Annual report of the Punjab Veterinary College and of the Civil Veterinary Department, Punjab - 1909-1919
Year: 1909
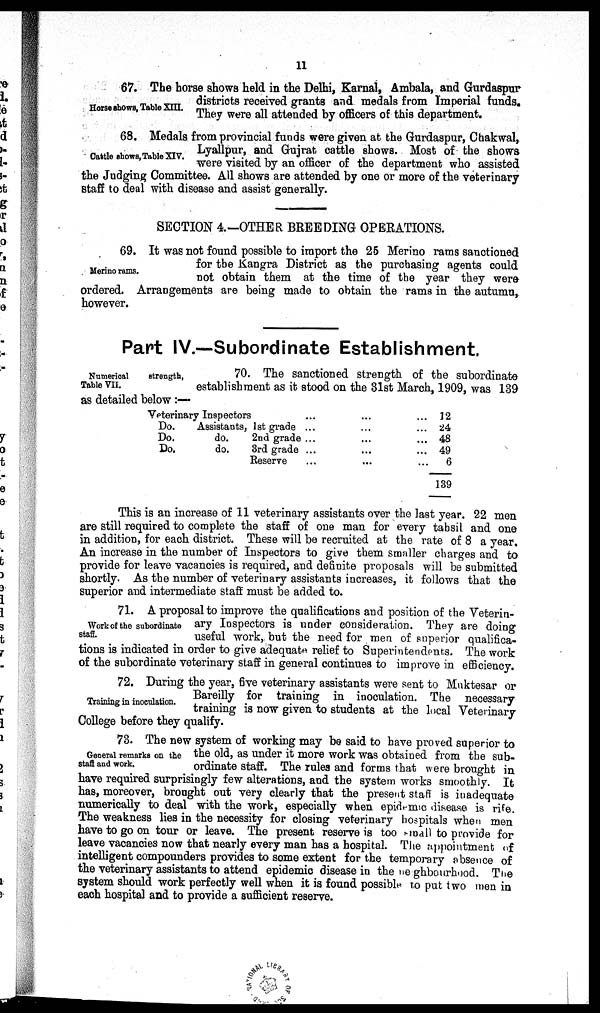
11
Horse shows, Table XIII.
67. The horse shows held in the Delhi, Karnal, Ambala, and Gurdaspur
districts received grants and medals from Imperial funds.
They were all attended by officers of this department.
Cattle shows, Table XIV.
68. Medals from provincial funds were given at the Gurdaspur, Chakwal,
Lyallpur, and Gujrat cattle shows. Most of the shows
were visited by an officer of the department who assisted
the Judging Committee. All shows are attended by one or more of the veterinary
staff to deal with disease and assist generally.
SECTION 4.-OTHER BREEDING OPERATIONS.
Merino rams.
69. It was not found possible to import the 25 Merino rams sanctioned
for the Kangra District as the purchasing agents could
not obtain them at the time of the year they were
ordered. Arrangements are being made to obtain the rams in the autumn,
however.
Part IV.—Subordinate Establishment.
Numerical
strength,
Table VII.
70. The sanctioned strength of the subordinate
establishment as it stood on the 31st March, 1909, was 139
as detailed below:—
Veterinary Inspectors
Do.
Assistants, 1st grade
Do.
do.
2nd grade
Do.
do.
3rd grade
Reserve
...
...
...
...
...
...
...
...
...
...
...
...
...
...
...
12
24
48
49
6
139
This is an increase of 11 veterinary assistants over the last year. 22 men
are still required to complete the staff of one man for every tahsil and one
in addition, for each district. These will be recruited at the rate of 8 a year.
An increase in the number of Inspectors to give them smaller charges and to
provide for leave vacancies is required, and definite proposals will be submitted
shortly. As the number of veterinary assistants increases, it follows that the
superior and intermediate staff must be added to.
Work of the subordinate
staff.
71. A proposal to improve the qualifications and position of the Veterin-
ary Inspectors is under consideration. They are doing
useful work, but the need for men of superior qualifica-
tions is indicated in order to give adequate relief to Superintendents. The work
of the subordinate veterinary staff in general continues to improve in efficiency.
Training in inoculation.
72. During the year, five veterinary assistants were sent to Muktesar or
Bareilly for training in inoculation. The necessary
training is now given to students at the local Veterinary
College before they qualify.
General remarks on the
Staff and work.
73. The new system of working may be said to have proved superior to
the old, as under it more work was obtained from the sub-
ordinate staff. The rules and forms that were brought in
have required surprisingly few alterations, and the system works smoothly. It
has, moreover, brought out very clearly that the present staff is inadequate
numerically to deal with the work, especially when epidemic disease is rife.
The weakness lies in the necessity for closing veterinary hospitals when men
have to go on tour or leave. The present reserve is too small to provide for
leave vacancies now that nearly every man has a hospital. The appointment of
intelligent compounders provides to some extent for the temporary absence of
the veterinary assistants to attend epidemic disease in the ne ghbourhood. The
system should work perfectly well when it is found possible to put two men in
each hospital and to provide a sufficient reserve.